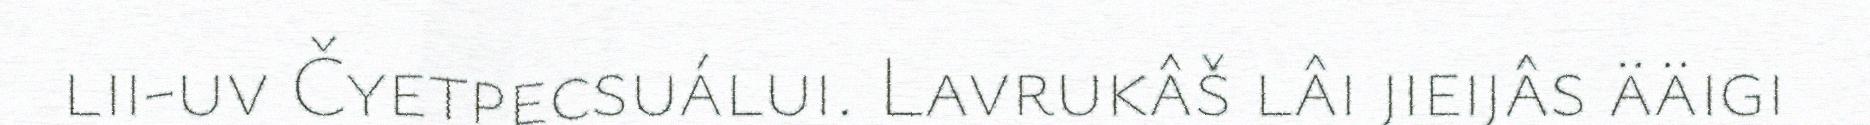
lii-uv Čyetpecsuálui. Lavrukâš lâi jieijâs ääigi